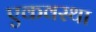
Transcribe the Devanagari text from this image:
एकवस्था